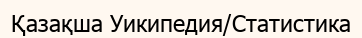
Қазақша Уикипедия/Статистика